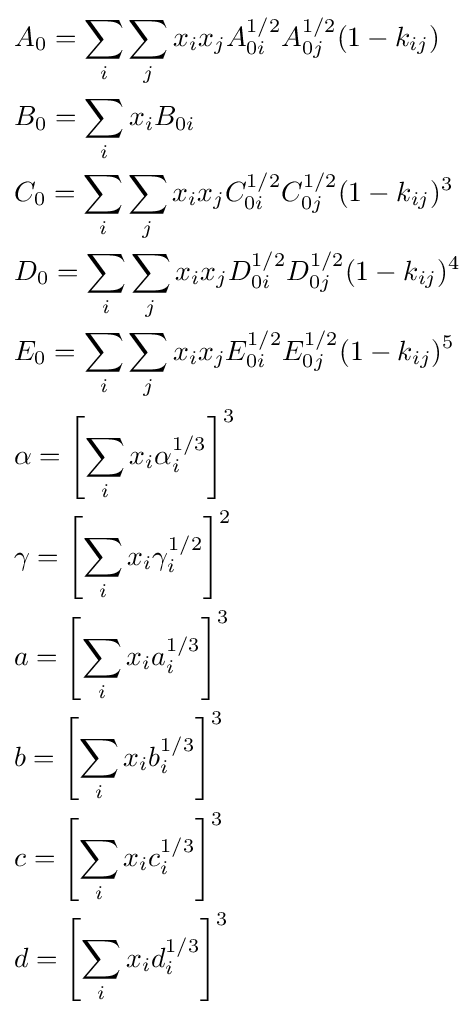
{\begin{aligned}&A_{0}=\sum _{i}\sum _{j}x_{i}x_{j}A_{0i}^{1/2}A_{0j}^{1/2}(1-k_{ij})\\&B_{0}=\sum _{i}x_{i}B_{0i}\\&C_{0}=\sum _{i}\sum _{j}x_{i}x_{j}C_{0i}^{1/2}C_{0j}^{1/2}(1-k_{ij})^{3}\\&D_{0}=\sum _{i}\sum _{j}x_{i}x_{j}D_{0i}^{1/2}D_{0j}^{1/2}(1-k_{ij})^{4}\\&E_{0}=\sum _{i}\sum _{j}x_{i}x_{j}E_{0i}^{1/2}E_{0j}^{1/2}(1-k_{ij})^{5}\\&\alpha =\left[\sum _{i}x_{i}\alpha _{i}^{1/3}\right]^{3}\\&\gamma =\left[\sum _{i}x_{i}\gamma _{i}^{1/2}\right]^{2}\\&a=\left[\sum _{i}x_{i}a_{i}^{1/3}\right]^{3}\\&b=\left[\sum _{i}x_{i}b_{i}^{1/3}\right]^{3}\\&c=\left[\sum _{i}x_{i}c_{i}^{1/3}\right]^{3}\\&d=\left[\sum _{i}x_{i}d_{i}^{1/3}\right]^{3}\end{aligned}}